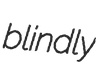
blindly